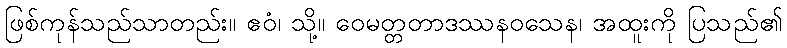
ဖြစ်ကုန်သည်သာတည်း။ ဧဝံ၊ သို့။ ဝေမတ္တတာဒဿနဝသေန၊ အထူးကို ပြသည်၏